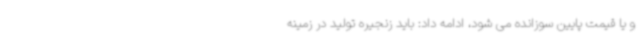
و یا قیمت پایین سوزانده می شود، ادامه داد: باید زنجیره تولید در زمینه